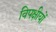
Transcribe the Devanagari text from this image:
विपक्षीयों